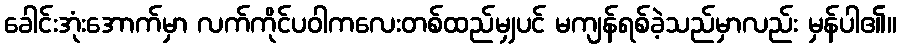
ခေါင်းအုံးအောက်မှာ လက်ကိုင်ပဝါကလေးတစ်ထည်မျှပင် မကျန်ရစ်ခဲ့သည်မှာလည်း မှန်ပါ၏။